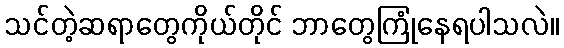
သင်တဲ့ဆရာတွေကိုယ်တိုင် ဘာတွေကြုံနေရပါသလဲ။